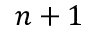
n + 1